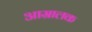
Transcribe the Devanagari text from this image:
आम्रालक